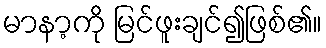
မာနာ့ကို မြင်ဖူးချင်၍ဖြစ်၏။